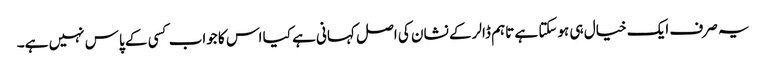
یہ صرف ایک خیال ہی ہوسکتا ہے تاہم ڈالر کے نشان کی اصل کہانی ہے کیا اس کا جواب کسی کے پاس نہیں ہے۔